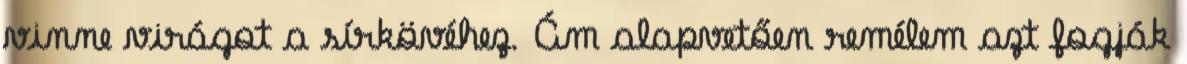
vinne virágot a sírkövéhez. Ám alapvetően remélem azt fogják